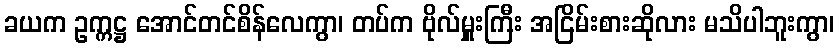
ခယက ဥက္ကဋ္ဌ အောင်တင်စိန်လေကွာ၊ တပ်က ဗိုလ်မှူးကြီး အငြိမ်းစားဆိုလား မသိပါဘူးကွာ၊